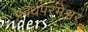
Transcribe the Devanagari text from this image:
प्रबंधपरमेश्वर